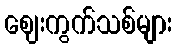
ဈေးကွက်သစ်များ